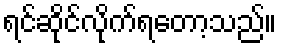
ရင်ဆိုင်လိုက်ရတော့သည်။